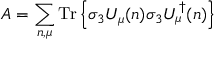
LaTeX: A = \sum _ { n , \mu } \mathrm { T r } \left\{ \sigma _ { 3 } U _ { \mu } ( n ) \sigma _ { 3 } U _ { \mu } ^ { \dagger } ( n ) \right\}